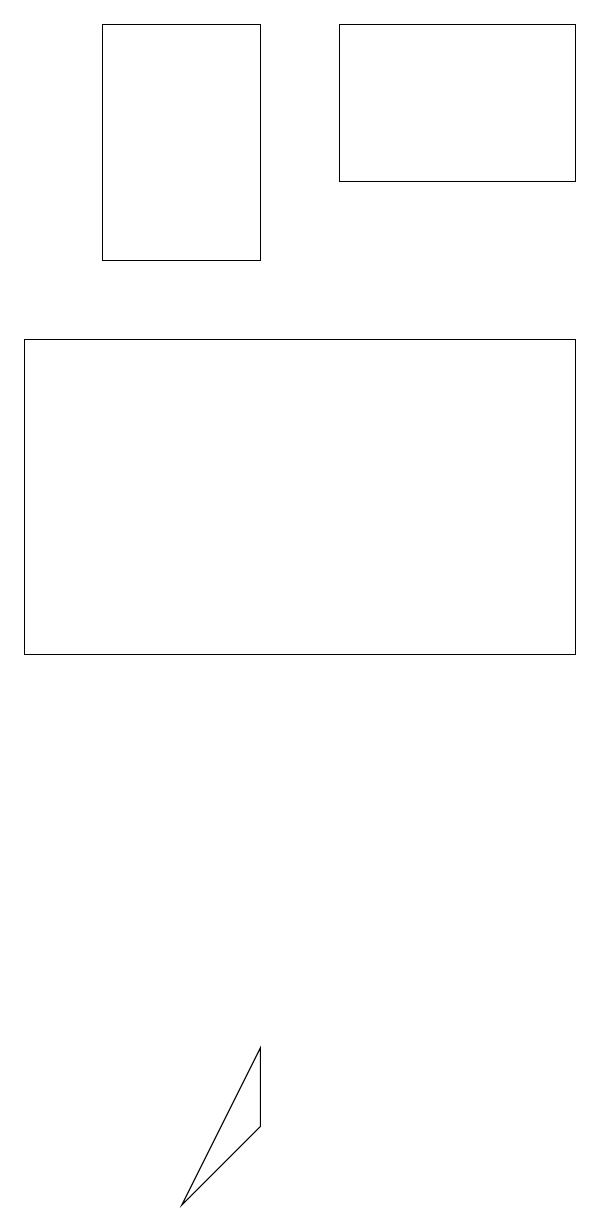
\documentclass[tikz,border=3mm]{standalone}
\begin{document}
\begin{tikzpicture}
\draw (4,3) -- (5,5) -- (5,4) -- cycle;
\draw (3,15) rectangle (5,18);
\draw (9,10) rectangle (2,14);
\draw (9,16) rectangle (6,18);
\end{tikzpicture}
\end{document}